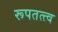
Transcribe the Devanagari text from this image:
रूपतत्त्व